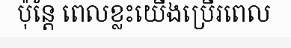
ប៉ុន្តែ ពេលខ្លះយើងប្រើរពេល